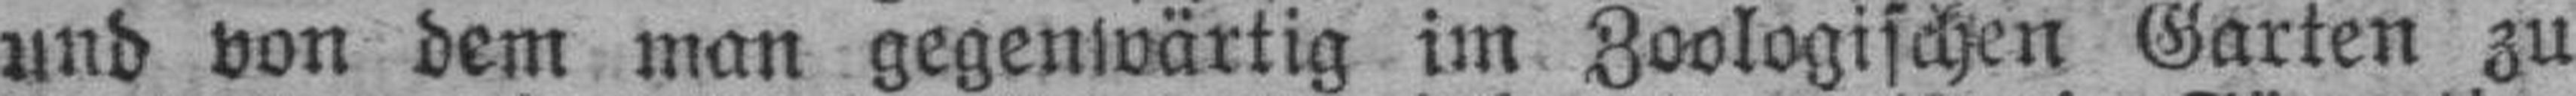
und von dem man gegenwärtig im Zoologischen Garten zu